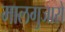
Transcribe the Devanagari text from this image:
मालगुजारो